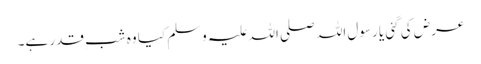
عرض کی گئی یا رسول اللہ صلی اللہ علیہ وسلم کیا وہ شبِ قدر ہے۔